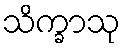
သိက္ခာသု